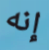
إنه